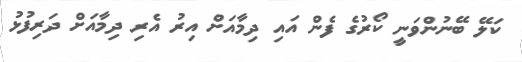
ކަލޭ ބޭނުންވަނީ ކޯރުގެ ފެން އައި ދިމާއަށް އިރު އެރި ދިމާއަށް ދަރިފުޅު